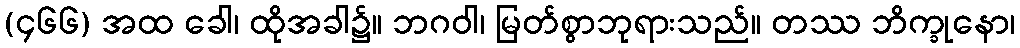
(၄၆၆) အထ ခေါ၊ ထိုအခါ၌။ ဘဂဝါ၊ မြတ်စွာဘုရားသည်။ တဿ ဘိက္ခုနော၊